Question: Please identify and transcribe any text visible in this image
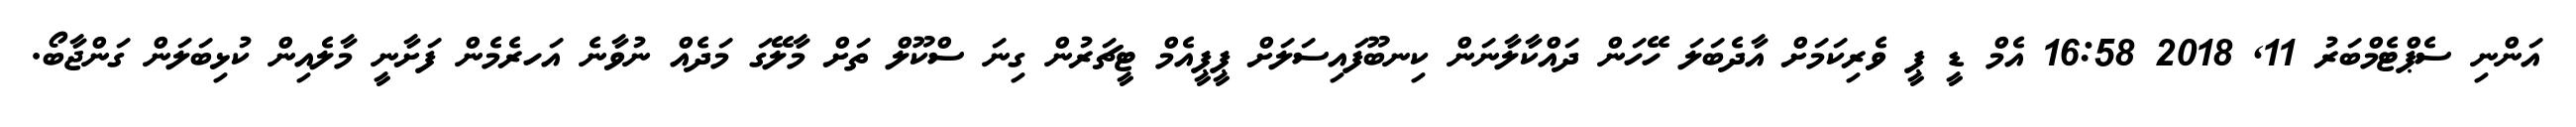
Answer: އަންނި ސެޕްޓެމްބަރު 11, 2018 16:58 އެމް ޑީ ޕީ ވެރިކަމަށް އާދެބަލަ ހޭހަން ދައްކާލާނަން ކިނބޫފައިސަލަށް ޕީޕީއެމް ޓީޗަރުން ގިނަ ސްކޫލް ތަށް މާލޭގަ މަދެއް ނުވާނެ އަހރެމެން ފަށާނީ މާލެއިން ކުޅިބަލަން ގަންޖާބޯ.